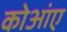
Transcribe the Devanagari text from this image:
कोआंए